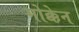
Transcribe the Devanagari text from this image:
गोक्केन